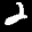
Label: 2